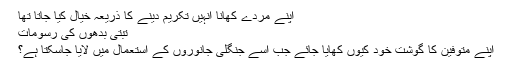
اپنے مردے کھانا انہیں تکریم دینے کا ذریعہ خیال کیا جاتا تھا
تبتی بدھوں کی رسومات
اپنے متوفین کا گوشت خود کیوں کھایا جائے جب اسے جنگلی جانوروں کے استعمال میں لایا جاسکتا ہے؟